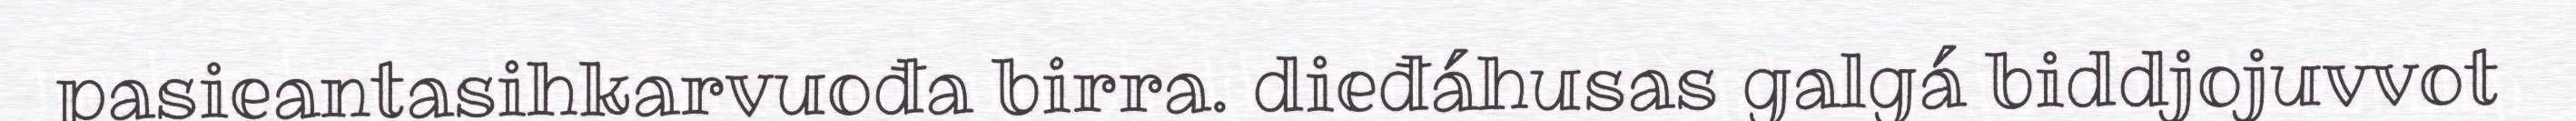
pasieantasihkarvuođa birra. dieđáhusas galgá biddjojuvvot